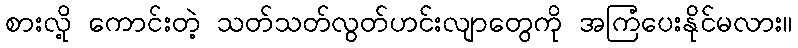
စားလို့ ကောင်းတဲ့ သတ်သတ်လွတ်ဟင်းလျာတွေကို အကြံပေးနိုင်မလား။